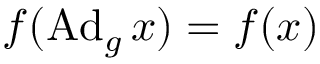
f ( \operatorname { A d } _ { g } x ) = f ( x )